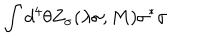
LaTeX: \int d ^ { 4 } \theta Z _ { \sigma } ( \lambda \sigma , M ) \sigma ^ { * } \sigma